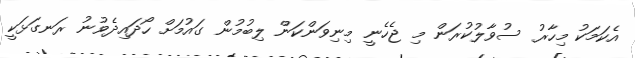
އެކަމަކު މިހާރު ސުވާލުކުރަން މި ޖެހެނީ މިނިވަންކަން ލިބުމުން ގައުމަށް ހޯދައިދެވުނު ރަނގަޅަކީ